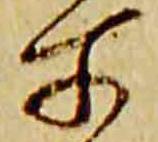
所